kultuurilooline_kollektsioon, lk 57
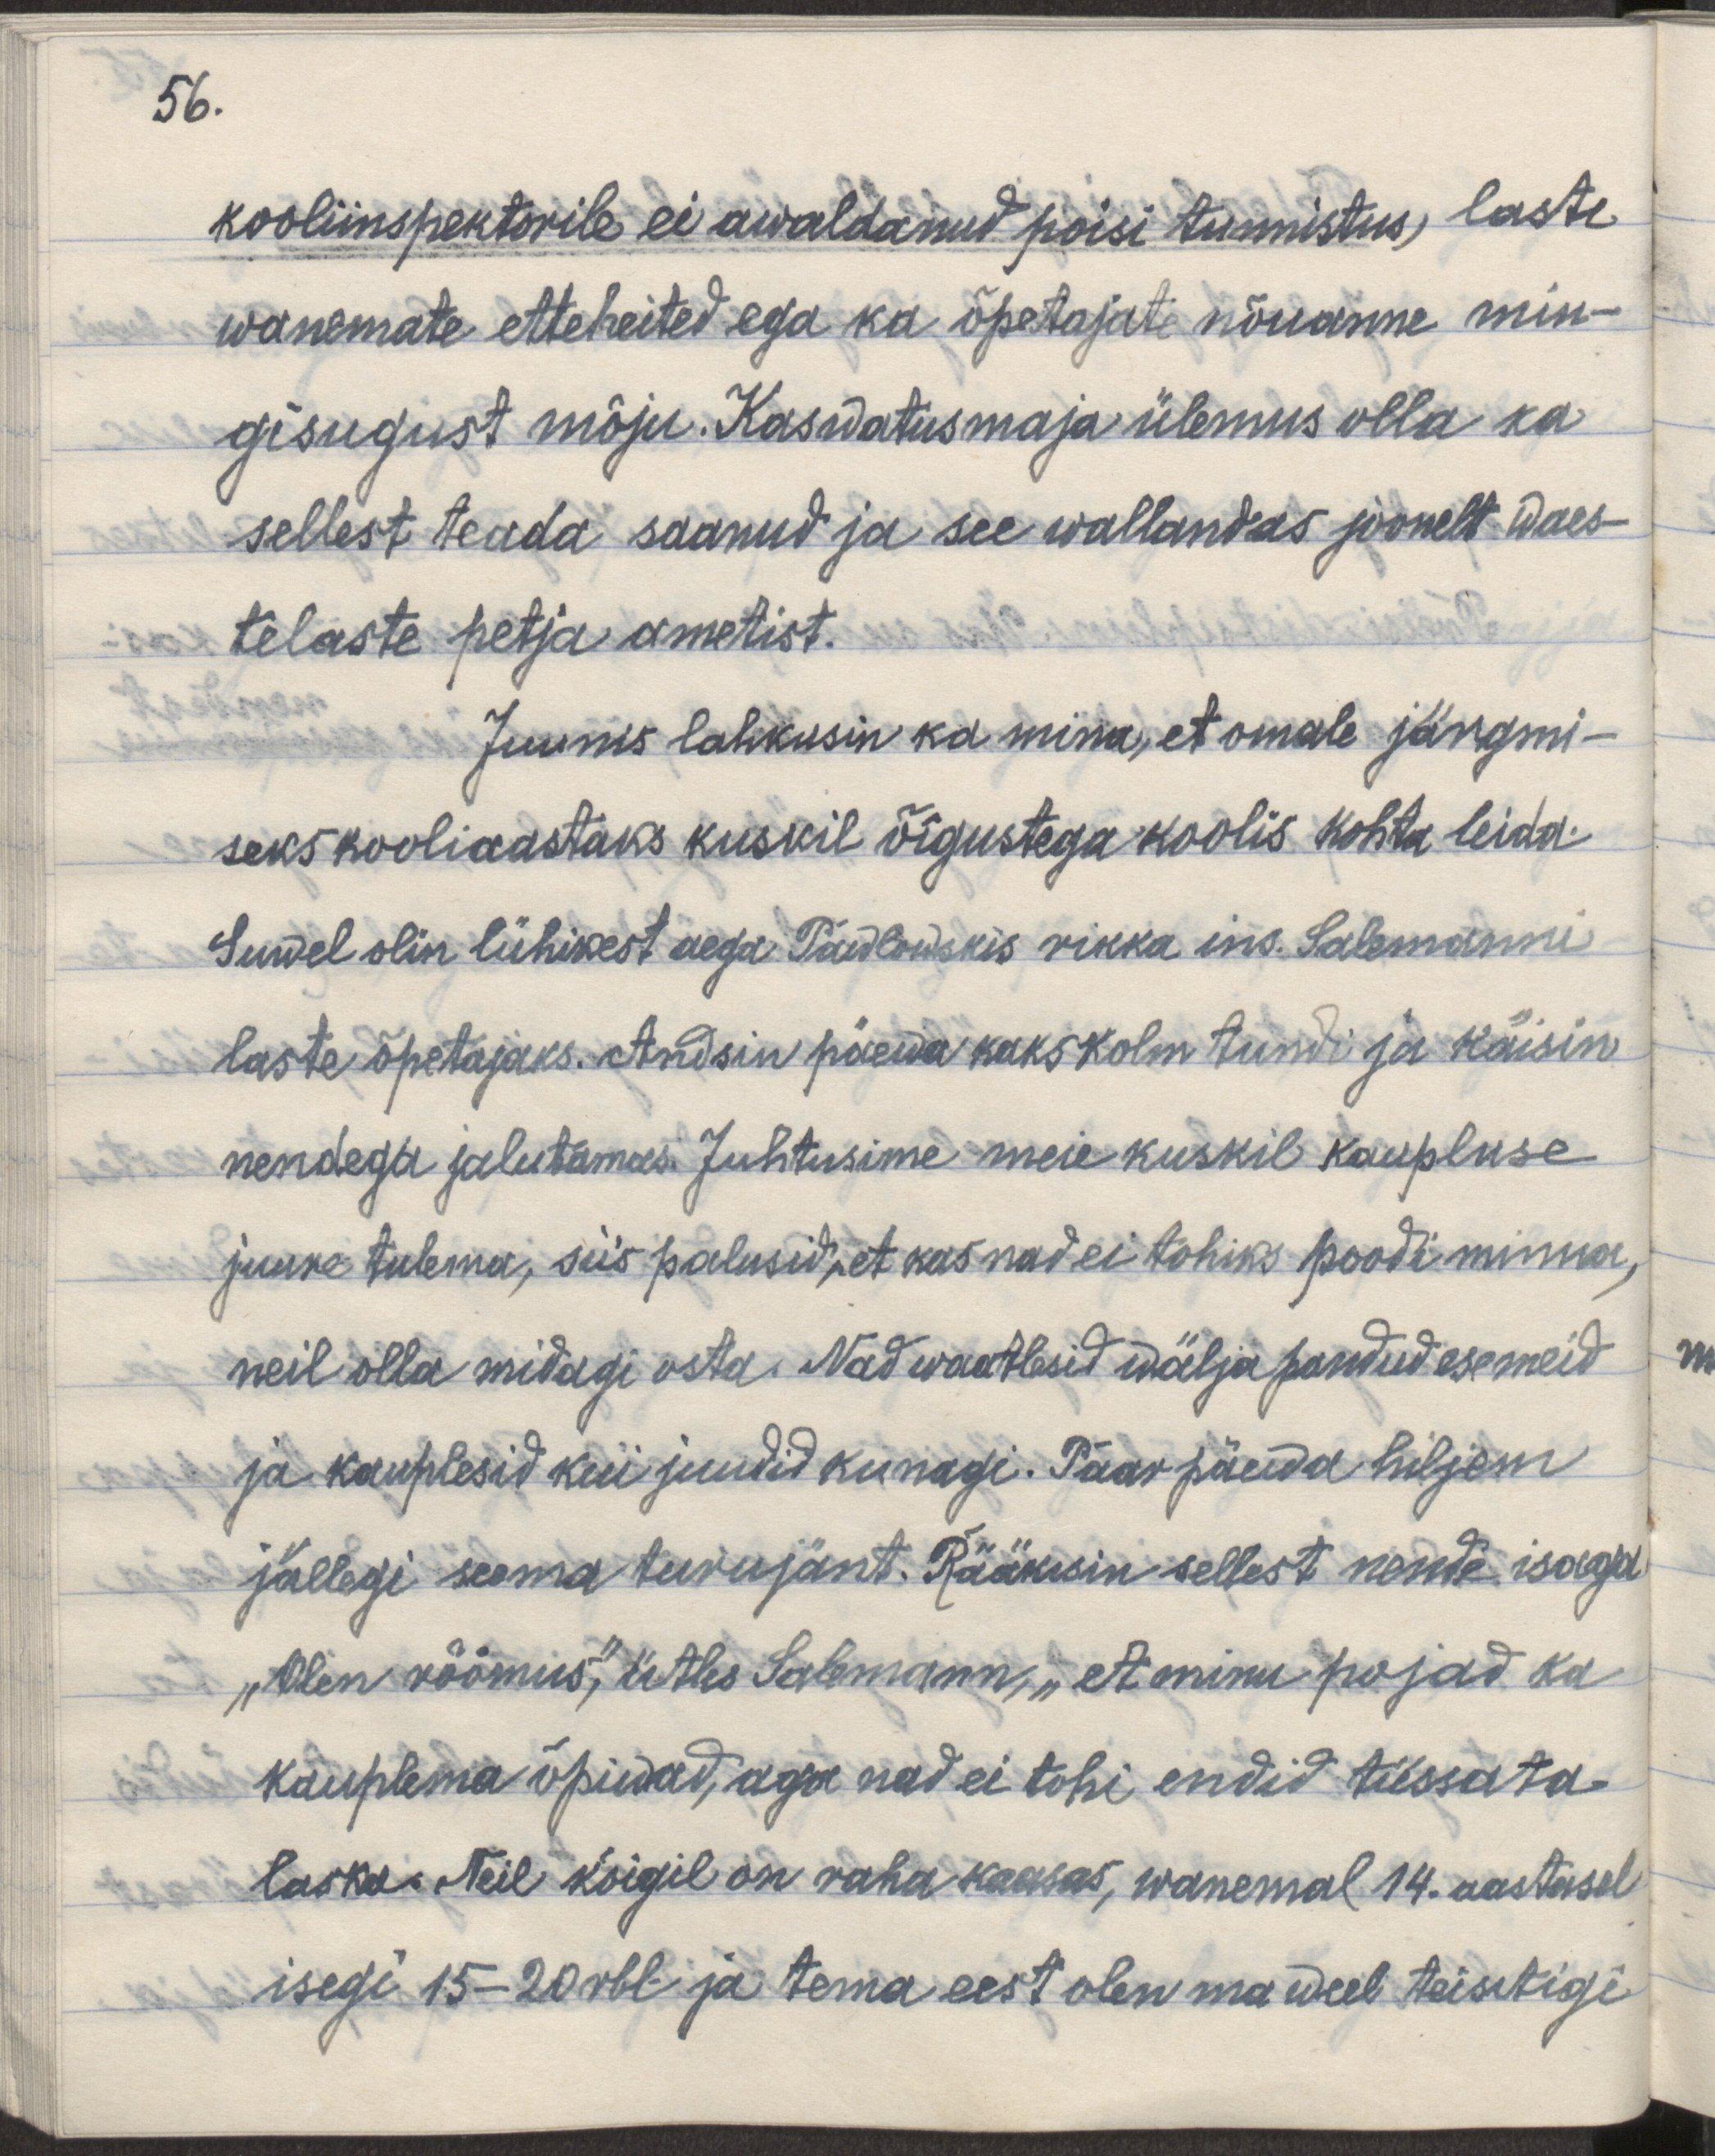
56.
kooliinspektorile ei awaldanud poisi tunnistus, laste
wanemate etteheited ega ka õpetajate nõuanne min-
gisugust mõju. Kaswatusmaja ülemus olla ka
sellest teada saanud ja see wallandas joonelt waes-
telaste petja ametist.
Juunis lahkusin ka mina, et omale järgmi-
seks kooliaastaks kuskil õigustega koolis kohta leida.
Suwel olin lühikest aega Pawlowskis rikka ins. Salemanni
laste õpetajaks. Andsin päewa kaks kolm tundi ja käisin
nendega jalutamas. Juhtusime meie kuskil kaupluse 
juure tulema, siis palusid, et kas nad ei tohiks poodi minna, 
neil olla midagi osta. Nad waatlesid wälja pandud esemeid
ja kaupluseid kui juudid kunagi. Paar päewa hiljem
jällegi sama turujänt. Rääkisin sellest nende isaga.
„Olen rõõmus," ütles Salemann, „et minu pojad ka 
kauplema õpiwad, aga nad ei tohi endid tüssata
laska. Neil kõigil on raha kaasas, wanemal 14. aastasel
isegi 15-20 rbl ja tema eest olen ma weel teisitigi